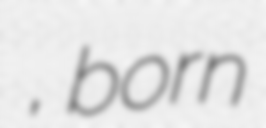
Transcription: ปิยะชนก ดาฤทธิ์, born